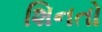
શિનતો